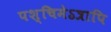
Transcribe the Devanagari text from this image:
पश्चिमेऽत्रापि